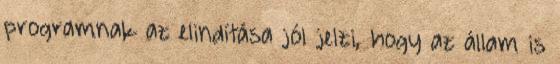
programnak az elindítása jól jelzi, hogy az állam is